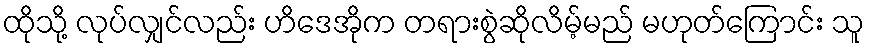
ထိုသို့ လုပ်လျှင်လည်း ဟိဒေအိုက တရားစွဲဆိုလိမ့်မည် မဟုတ်ကြောင်း သူ